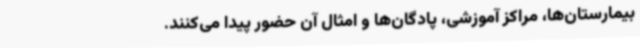
بیمارستان‌ها، مراکز آموزشی، پادگان‌ها و امثال آن حضور پیدا می‌کنند.